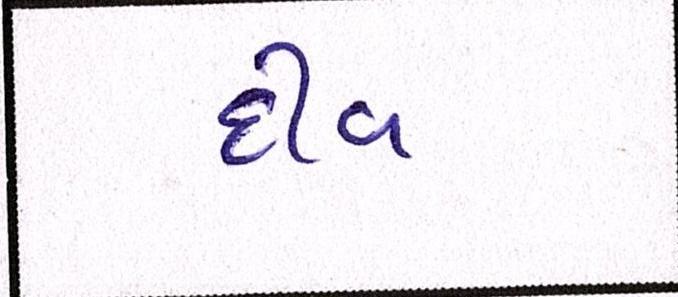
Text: દીવ